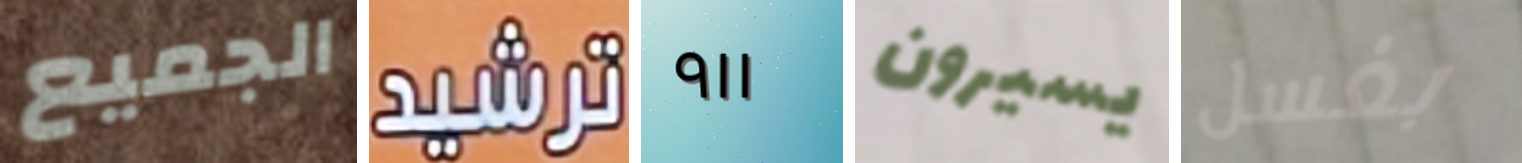
الجميع ترشيد ٩١١ يسيرون بغسل